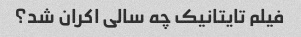
فیلم تایتانیک چه سالی اکران شد؟